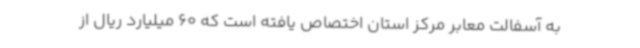
به آسفالت معابر مرکز استان اختصاص یافته است که 60 میلیارد ریال از